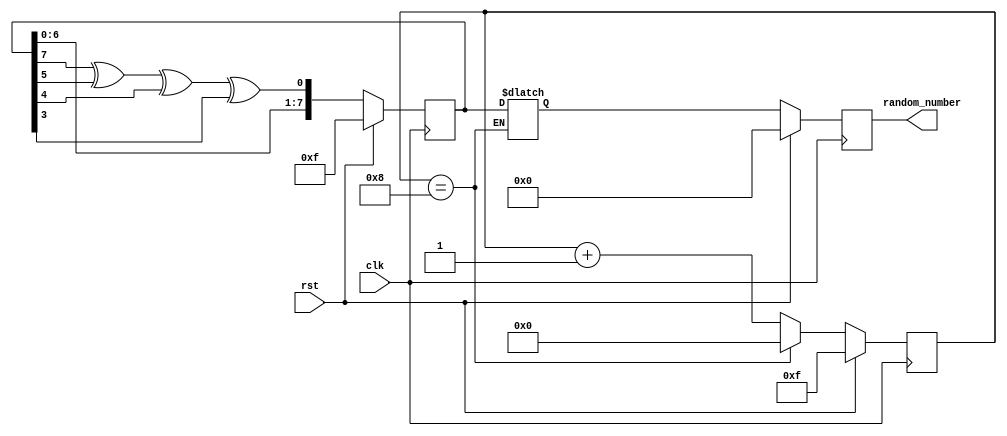
`timescale 1ns / 1ps
//////////////////////////////////////////////////////////////////////////////////
// Company: 
// Engineer: 
// 
// Design Name: 
// Module Name: peng_bags_ctl
// Project Name: 
// Target Devices: 
// Tool Versions: 
// Description: 
// 
// Dependencies: 
// 
// Revision:
// Revision 0.01 - File Created
// Additional Comments:
// 
//////////////////////////////////////////////////////////////////////////////////


module number_generator(
    input wire clk,
    input wire rst,
    output reg [7:0] random_number
    );
    
    
     
    reg [7:0] random, random_next, random_done;
    reg [3:0] count, count_next; 
    wire feedback = random[7] ^ random[5] ^ random[4] ^ random[3]; 
     
    always @ (posedge clk)
    begin
     if (rst)
     begin
      random <= 8'hF; 
      count <= 4'hF;
      random_number <= 0;
     end
      
     else
     begin
      random <= random_next;
      count <= count_next;
      random_number <= random_done;
     end
    end
     
    always @ (*)
    begin
       
      random_next = {random[6:0], feedback}; 
      count_next = count + 1;
     
     if (count == 8)
     begin
      count_next = 0;
      random_done = random;
     end
      
    end
    
endmodule